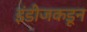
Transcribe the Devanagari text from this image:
इंडीजकडून